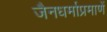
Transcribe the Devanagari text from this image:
जैनधर्माप्रमाणें